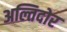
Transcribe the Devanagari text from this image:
अल्तिदोर